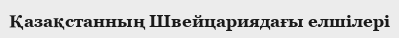
Қазақстанның Швейцариядағы елшілері